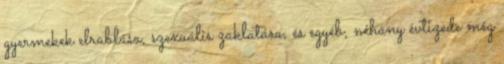
gyermekek elrablása, szexuális zaklatása, és egyéb, néhány évtizede még